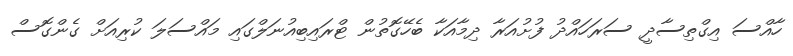
ހާއްސަ އިގްތިސާދީ ސަރަހައްދު ފުށުއަރާ ދިމާއަކާ ބެހޭގޮތުން ޓްރައިބިއުނަލްގައި މައްސަލަ ކުރިއަށް ގެންގޮސް